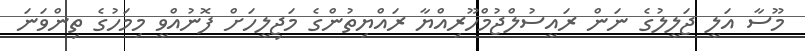
މޫސާ އަލީ ޖަލީލުގެ ނަން ރައީސުލްޖުމްހޫރިއްޔާ ރައްޔިތުންގެ މަޖިލީހަށް ފޮނުއްވީ މިމަހުގެ ތިންވަނަ